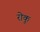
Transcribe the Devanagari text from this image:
रोकू